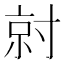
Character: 𡬱